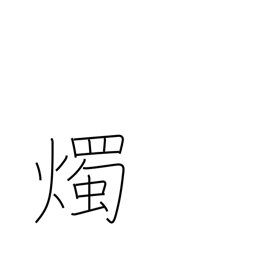
Meaning: candlepower